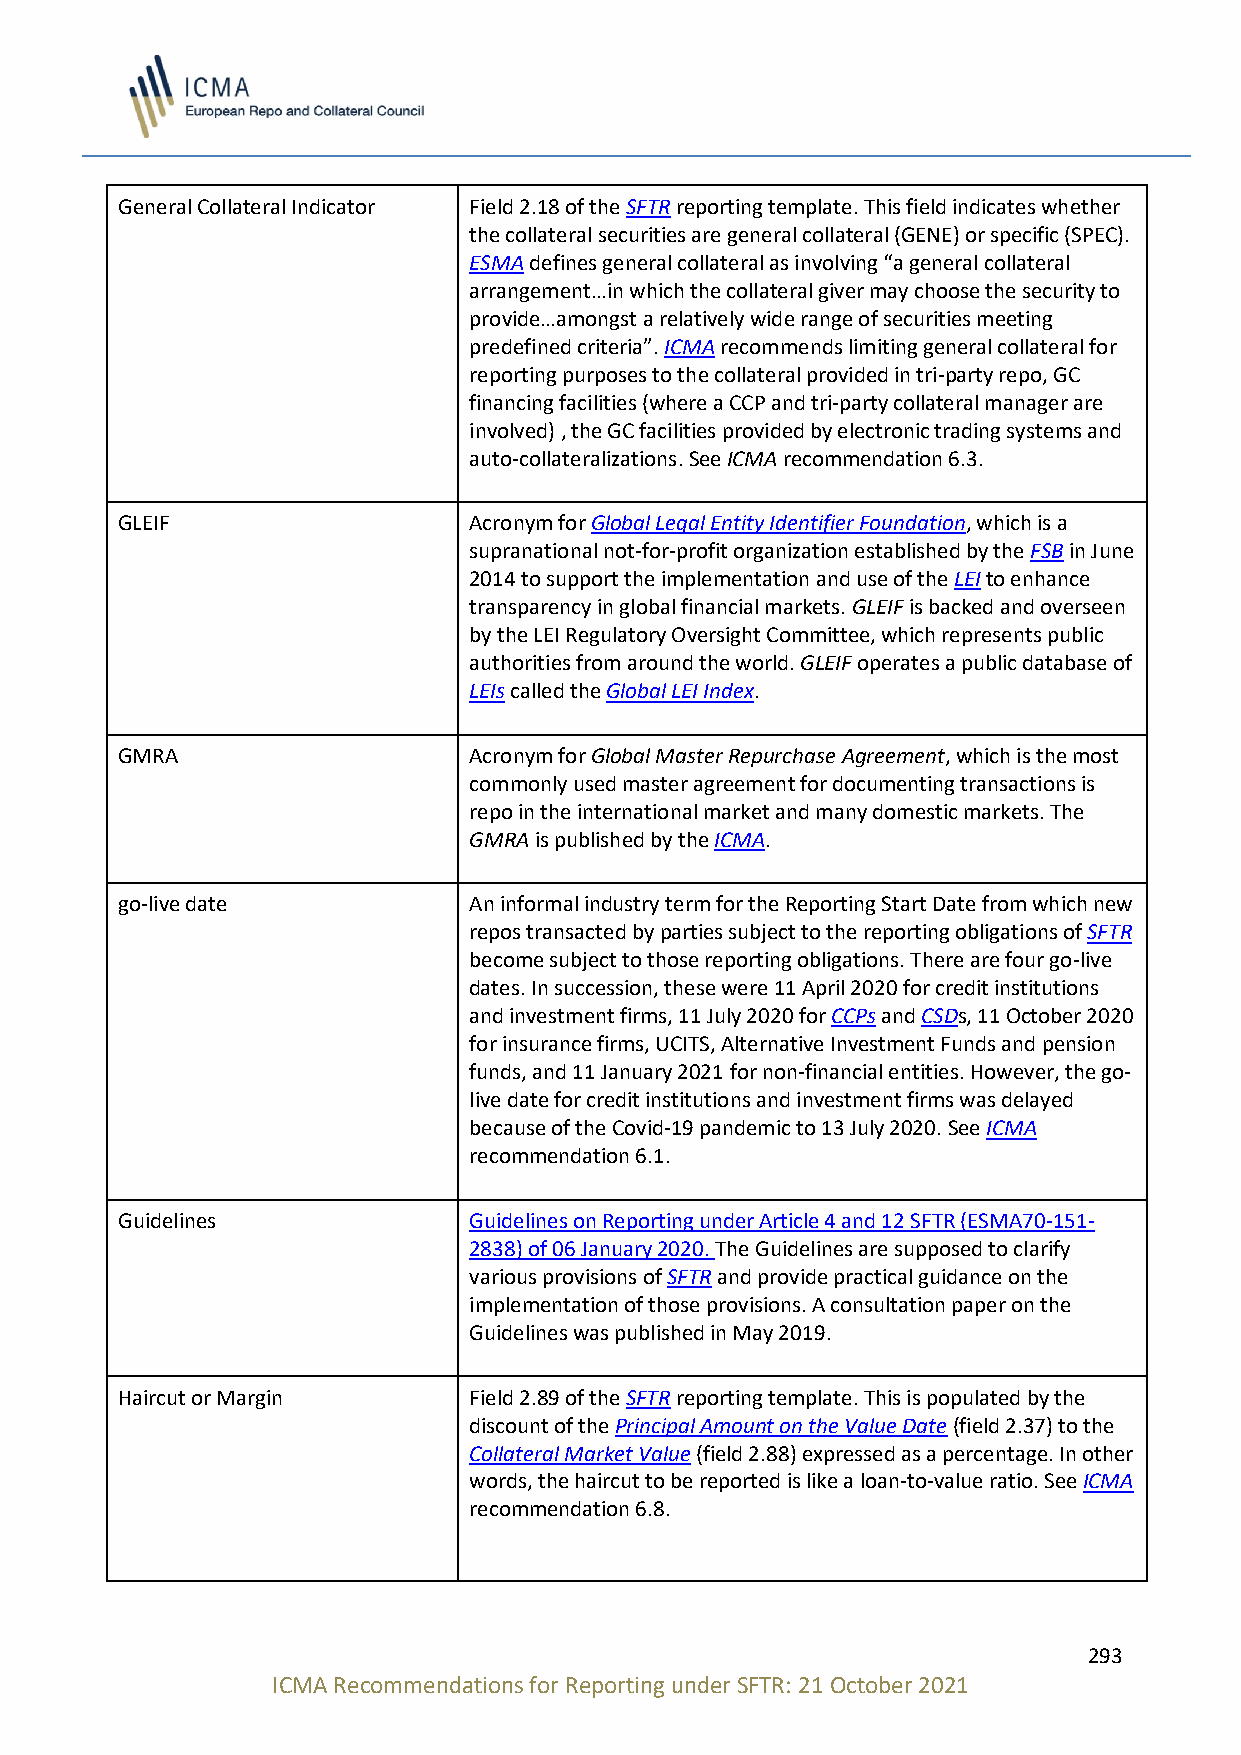
General Collateral Indicator Field 2.18 of the SFTR reporting template. This field indicates whether
 the collateral securities are general collateral (GENE) or specific (SPEC).
 ESMA defines general collateral as involving “a general collateral
 arrangement…in which the collateral giver may choose the security to
 provide…amongst a relatively wide range of securities meeting
 predefined criteria”. ICMA recommends limiting general collateral for
 reporting purposes to the collateral provided in tri-party repo, GC
 financing facilities (where a CCP and tri-party collateral manager are
 involved) , the GC facilities provided by electronic trading systems and
 auto-collateralizations. See ICMA recommendation 6.3.
 GLEIF                  Acronym for Global Legal Entity Identifier Foundation, which is a
 supranational not-for-profit organization established by the FSB in June
 2014 to support the implementation and use of the LEI to enhance
 transparency in global financial markets. GLEIF is backed and overseen
 by the LEI Regulatory Oversight Committee, which represents public
 authorities from around the world. GLEIF operates a public database of
 LEIs called the Global LEI Index.
 GMRA                   Acronym for Global Master Repurchase Agreement, which is the most
 commonly used master agreement for documenting transactions is
 repo in the international market and many domestic markets. The
 GMRA is published by the ICMA.
 go-live date           An informal industry term for the Reporting Start Date from which new
 repos transacted by parties subject to the reporting obligations of SFTR
 become subject to those reporting obligations. There are four go-live
 dates. In succession, these were 11 April 2020 for credit institutions
 and investment firms, 11 July 2020 for CCPs and CSDs, 11 October 2020
 for insurance firms, UCITS, Alternative Investment Funds and pension
 funds, and 11 January 2021 for non-financial entities. However, the go-
 live date for credit institutions and investment firms was delayed
 because of the Covid-19 pandemic to 13 July 2020. See ICMA
 recommendation 6.1.
 Guidelines             Guidelines on Reporting under Article 4 and 12 SFTR (ESMA70-151-
 2838) of 06 January 2020. The Guidelines are supposed to clarify
 various provisions of SFTR and provide practical guidance on the
 implementation of those provisions. A consultation paper on the
 Guidelines was published in May 2019.
 Haircut or Margin      Field 2.89 of the SFTR reporting template. This is populated by the
 discount of the Principal Amount on the Value Date (field 2.37) to the
 Collateral Market Value (field 2.88) expressed as a percentage. In other
 words, the haircut to be reported is like a loan-to-value ratio. See ICMA
 recommendation 6.8.
 293
 ICMA Recommendations for Reporting under SFTR: 21 October 2021